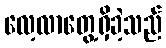
လေ့လာတွေ့ရှိခဲ့သည်